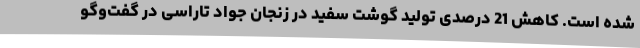
شده است. کاهش 21 درصدی تولید گوشت سفید در زنجان جواد تاراسی در گفت‌وگو